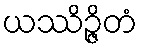
ယဿိဉ္ဇိတံ